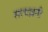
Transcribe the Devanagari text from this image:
सत्यव्रती